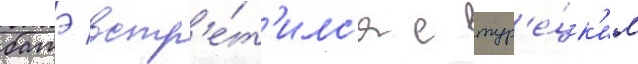
батэ встр'е́т'илс'я с тур'е́цк'им